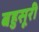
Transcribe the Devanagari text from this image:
बहुसूरी